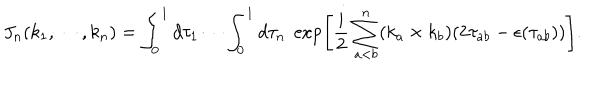
LaTeX: J _ { n } ( k _ { 1 } , \cdots , k _ { n } ) = \int _ { 0 } ^ { 1 } d \tau _ { 1 } \cdots \int _ { 0 } ^ { 1 } d \tau _ { n } \; \exp \left[ \frac { i } { 2 } \sum _ { a < b } ^ { n } ( k _ { a } \times k _ { b } ) ( 2 \tau _ { a b } - \epsilon ( \tau _ { a b } ) ) \right] .